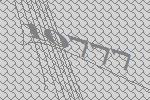
10777